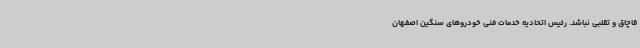
قاچاق و تقلبی نباشد. رئیس اتحادیه خدمات فنی خودروهای سنگین اصفهان